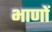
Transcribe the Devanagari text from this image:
भाणों